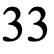
33